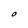
Character: O